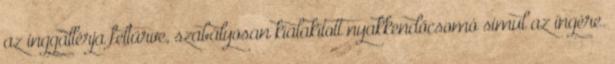
az inggallérja feltűrve, szabályosan kialakított nyakkendőcsomó simul az ingére.